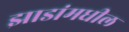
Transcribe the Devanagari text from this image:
झाडांमधील